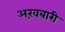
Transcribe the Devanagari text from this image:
अख़बारी